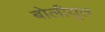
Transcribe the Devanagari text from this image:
बोलीयुत